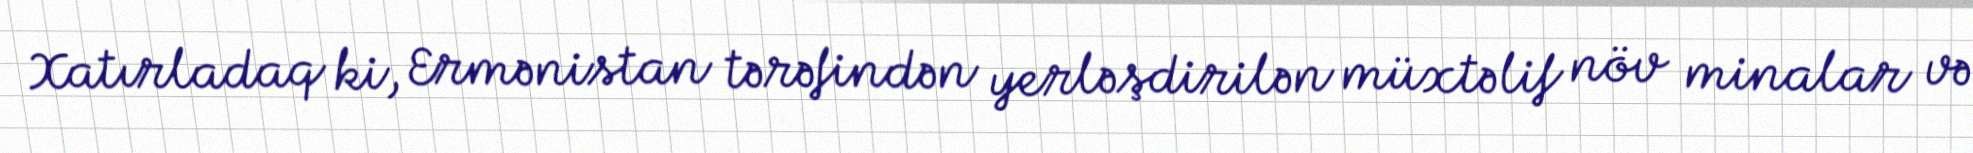
Xatırladaq ki, Ermənistan tərəfindən yerləşdirilən müxtəlif növ minalar və